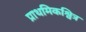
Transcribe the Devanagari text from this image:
प्राथमिकश्वित्र